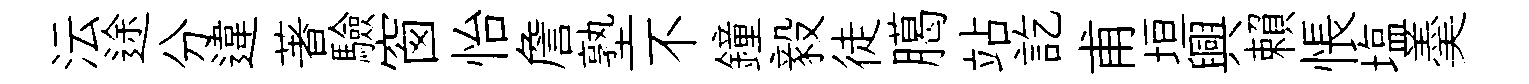
沄途分違著驗窗怡詹塾不鐘毅徒臈站訖甫垣興賴悵塩羮